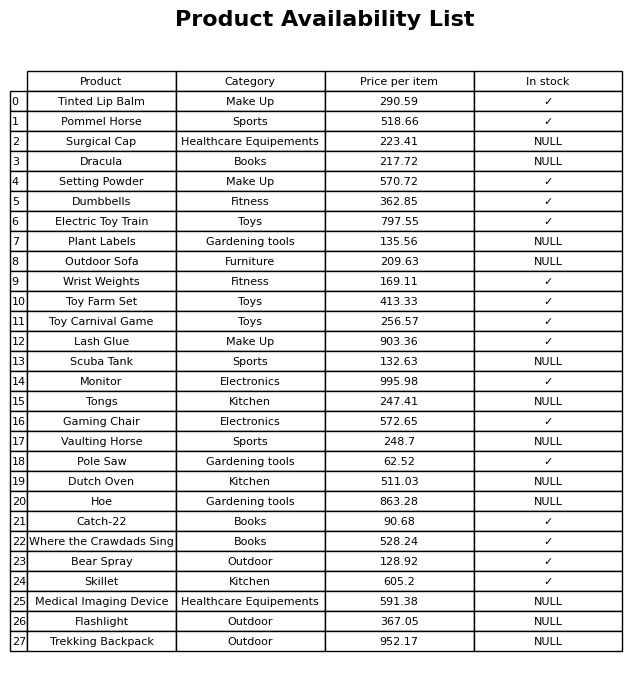
question: What is the price for Outdoor Sofa?
answer: The price of Outdoor Sofa is 209.63.